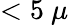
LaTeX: <5~\mu